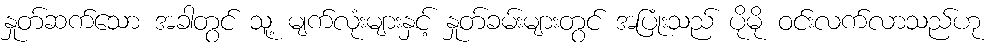
နှုတ်ဆက်သော အခါတွင် သူ့ မျက်လုံးများနှင့် နှုတ်ခမ်းများတွင် အပြုံးသည် ပိုမို ဝင်းလက်လာသည်ဟု